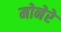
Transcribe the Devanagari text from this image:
मोनेरे